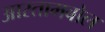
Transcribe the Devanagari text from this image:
आस्तामबोल